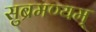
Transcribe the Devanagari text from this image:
सुब्रमण्यम्